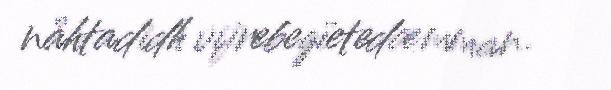
nåhtadidh vijrebegïetedæmman.